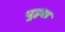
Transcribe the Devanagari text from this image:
पूहक